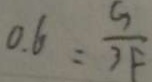
0 . 6 = \frac { G } { 3 F }